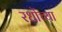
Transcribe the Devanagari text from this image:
रधोंच्या